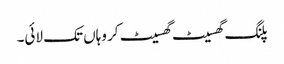
پلنگ گھسیٹ گھسیٹ کر وہاں تک لائی۔